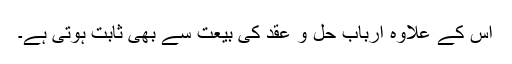
اس کے علاوہ ارباب حل و عقد کی بیعت سے بھی ثابت ہوتی ہے۔